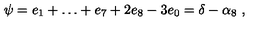
\psi = e _ { 1 } + \dots + e _ { 7 } + 2 e _ { 8 } - 3 e _ { 0 } = \delta - \alpha _ { 8 } \ ,